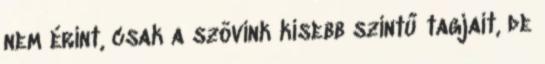
nem érint, csak a szövink kisebb szintű tagjait, de